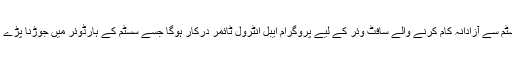
سسٹم سے آزادانہ کام کرنے والے سافٹ وئر کے لیے پروگرام ایبل انٹرول ٹائمر درکار ہوگا جسے سسٹم کے ہارڈوئر میں جوڑنا پڑے گا۔